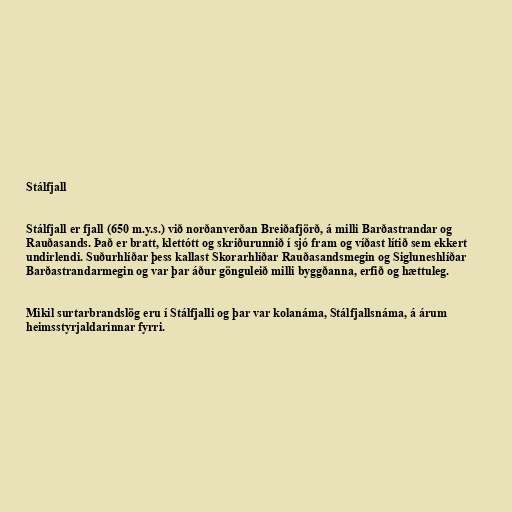
Stálfjall

Stálfjall er fjall (650 m.y.s.) við norðanverðan Breiðafjörð, á milli Barðastrandar og
Rauðasands. Það er bratt, klettótt og skriðurunnið í sjó fram og víðast lítið sem ekkert
undirlendi. Suðurhlíðar þess kallast Skorarhlíðar Rauðasandsmegin og Sigluneshlíðar
Barðastrandarmegin og var þar áður gönguleið milli byggðanna, erfið og hættuleg.

Mikil surtarbrandslög eru í Stálfjalli og þar var kolanáma, Stálfjallsnáma, á árum
heimsstyrjaldarinnar fyrri.